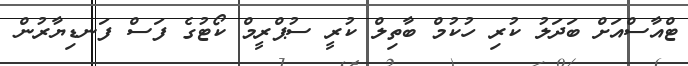
ޓްއާސްއަށް ބަދަލު ކުރި ހުކުމް ބާތިލް ކުރީ ސުޕްރީމް ކޯޓުގެ ފަސް ފަނޑިޔާރުން